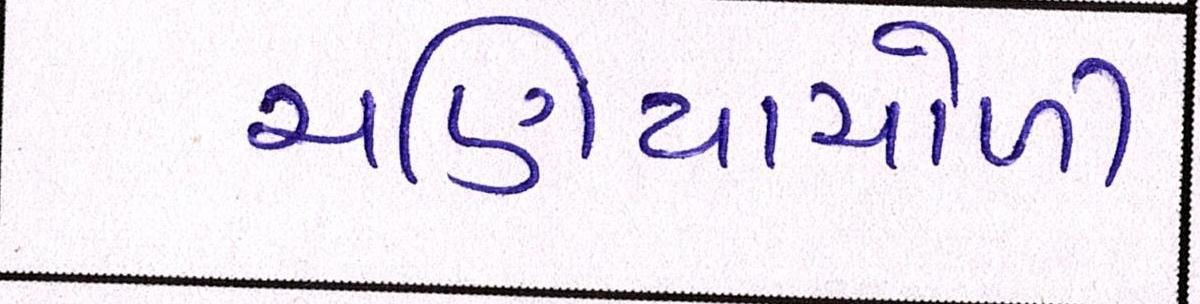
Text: ચણિયાચોળી